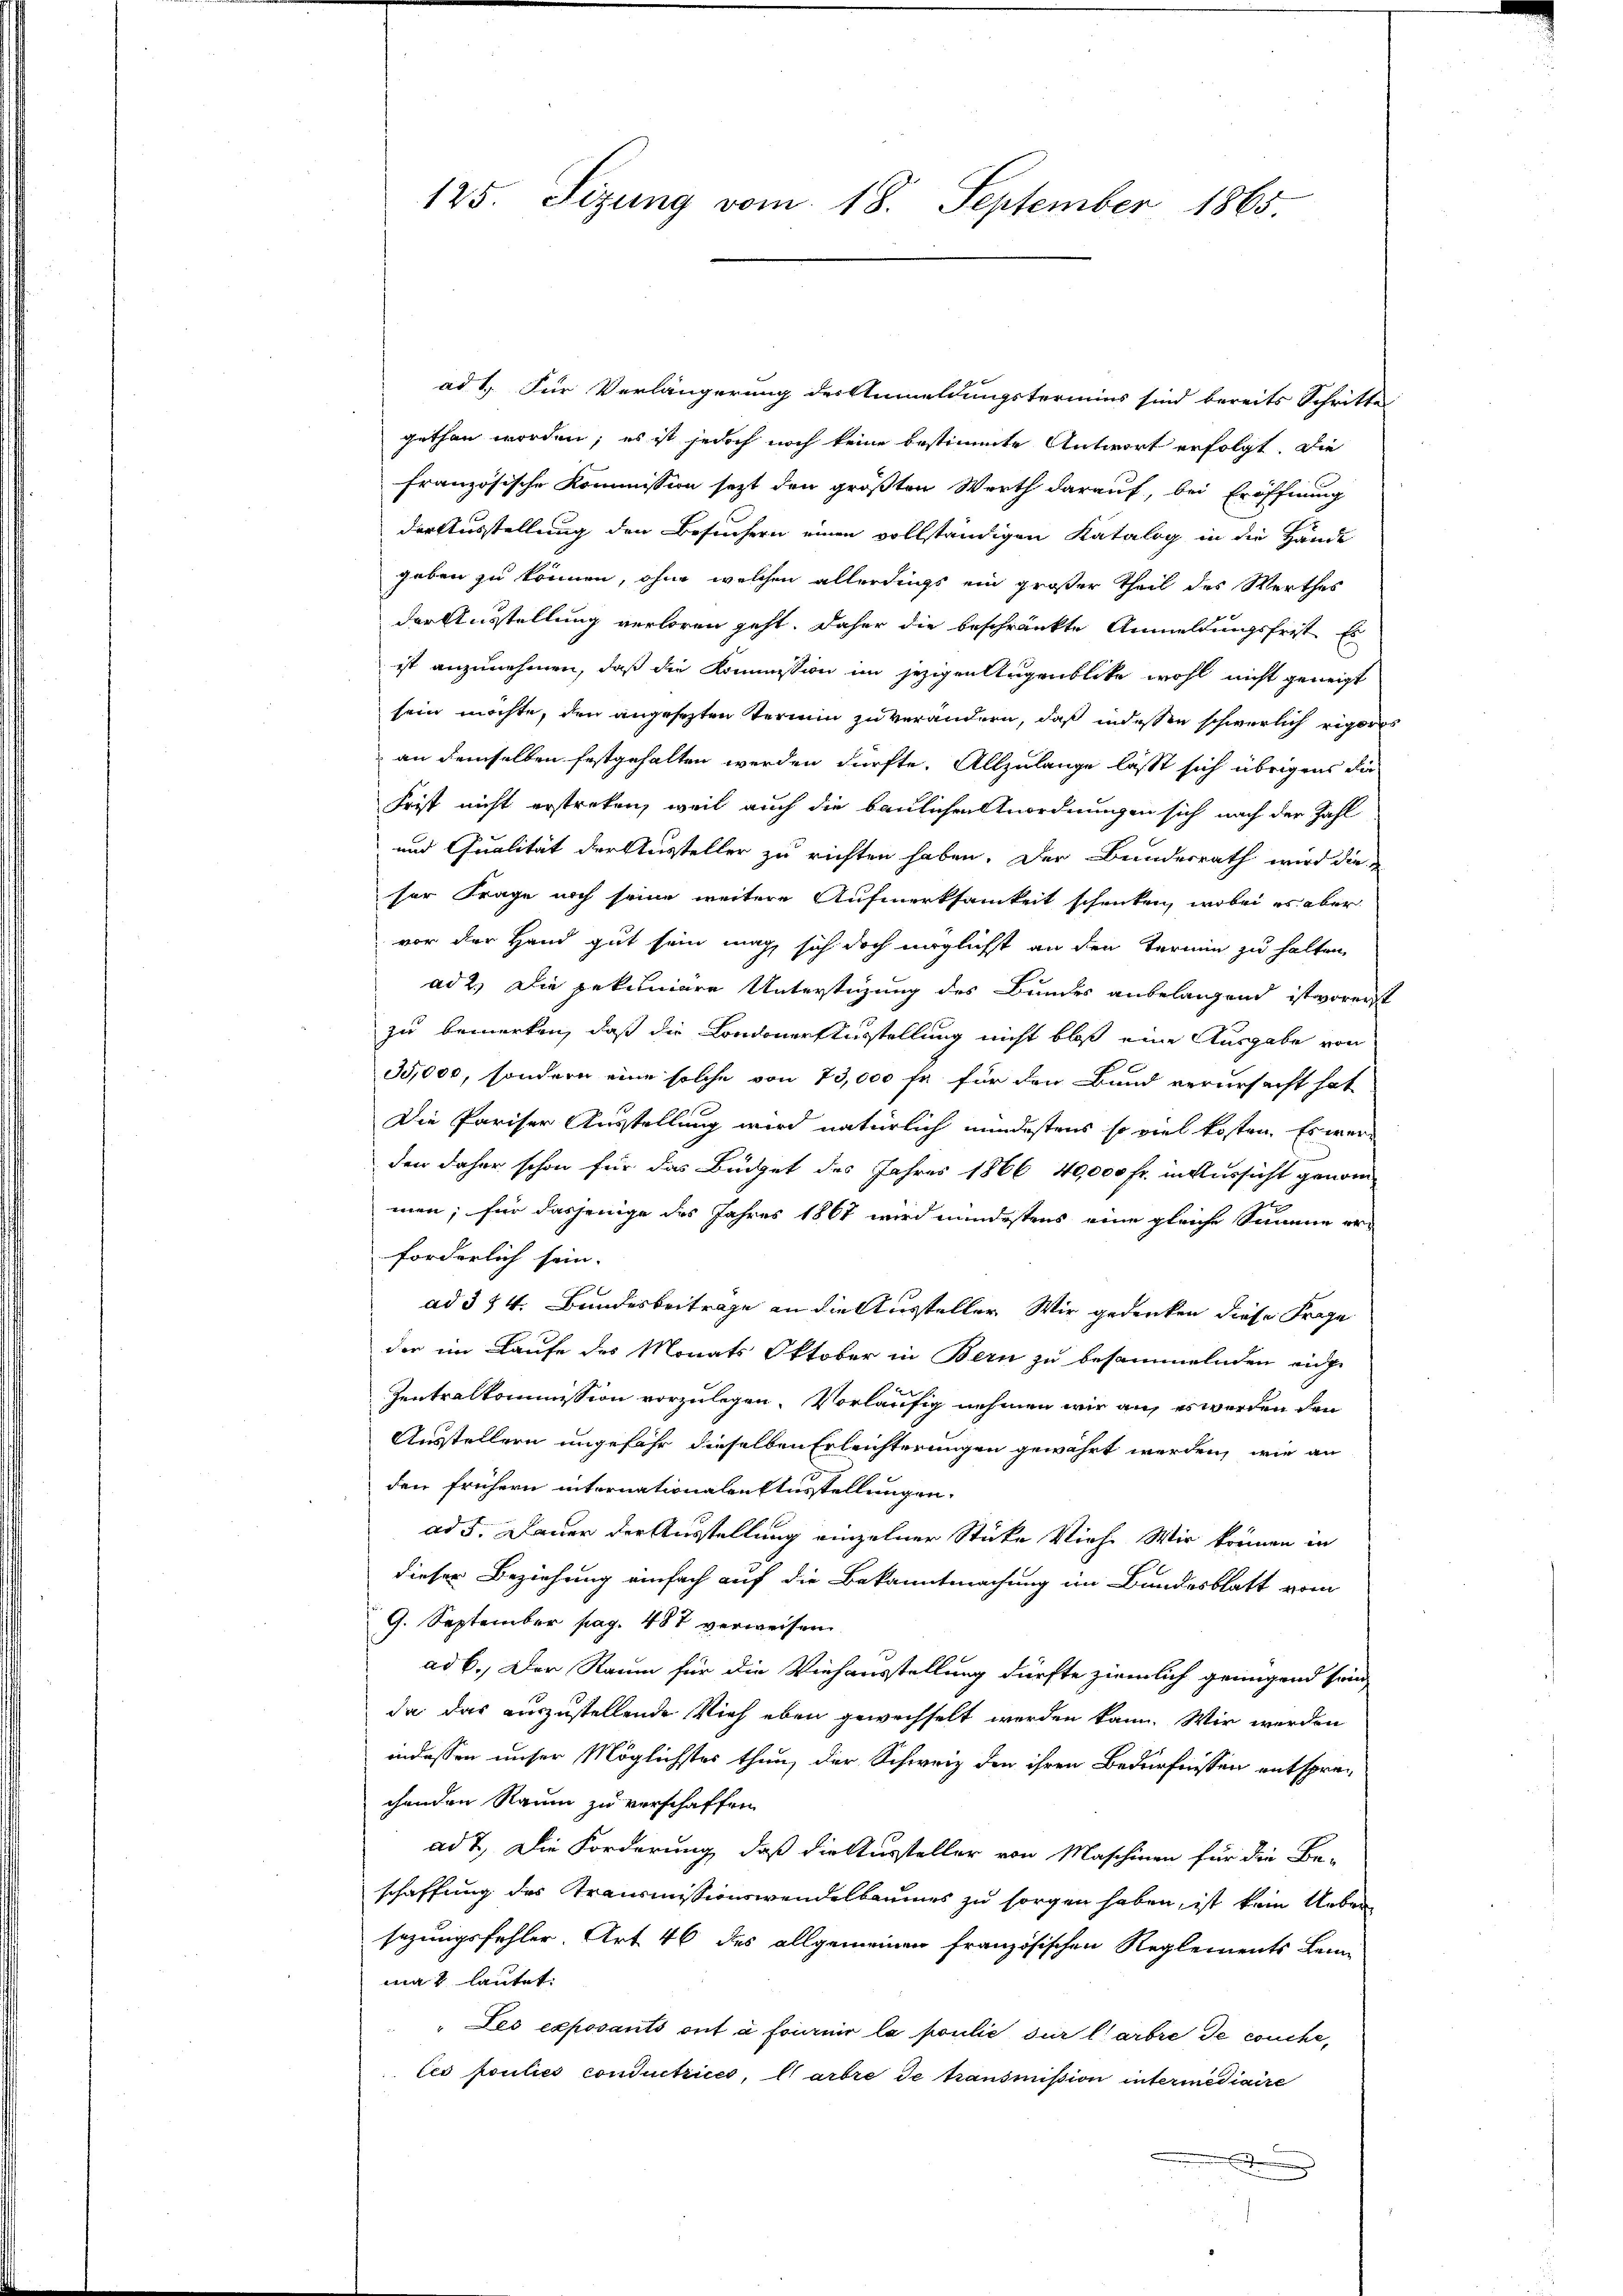
125. Sizung vom 18. September 1865.

ad 1. Für Verlängerung des Anmeldungstermins sind bereits Schritte
gethan worden; es ist jedoch noch keine bestimmte Antwort erfolgt. Die
französische Kommission sezt den größten Werth darauf, bei Eröffnung
der Ausstellung den Besuchern einen vollständigen Katalog in die Hande
geben zu können, ohne welchen allerdings ein großer Theil des Werthes
der Ausstellung verloren geht. Daher die beschränkte Anmeldungsfrist Es
ist anzunehmen, daß die Kommission im jezigen Augenblicke wohl nicht geneigt
sein möchte, den angesetzten Termin zu verändern, daß indessen schwerlich rigoros
an demselben festgehalten werden dürfte. Allzulange lässt sich übrigens die
Frist nicht erstreken, weil auch die baulichen Anordnungen sich nach der Zahl
und Qualität der Aussteller zu richten haben. Der Bundesrath wird die
ser Frage noch seine weitere Aufmerksamkeit schenken, wobei es aber
vor der Hand gut sein mag, sich doch möglichst an den Termin zu halten,
ad 2. Die pekuniäre Unterstüzung des Bundes anbelangend ist vorerst
zu bemerken, daß die Londoner Ausstellung nicht bloß eine Ausgabe von
35,000, sondern eine solche von 73,000 fr für den Bund verursacht hat
Die Pariser Ausstellung wird natürlich mindestens so viel kosten. Es werden daher schon für das Büdget des Jahres 1866 40,000 fr. in Aussicht genom
2
men; für dasjenige des Jahres 1867 wird mindestens eine gleiche Summe erforderlich sein. |
ad 354. Bundesbeiträge an die Aussteller Wir gedenken diese Frage
der im Laufe des Monats Oktober in Bern zu besammelnden eidge
Zentralkommission vorzulegen, vorläufig nehmen wir auf es werden den
Ausstellern ungefähr dieselben Erleichterungen gewährt werden, wie an
den frühern internationalen Ausstellungen.
ad 5. Dauer der Ausstellung einzelner Stüke Vieh. Wir können in
dieser Beziehung einfach auf die Bekanntmachung im Bundesblatt vom
9. September pag. 487 verweisen.
ad b. Der Raum für die Viehausstellung dürfte ziemlich genügend sein
da das auszustellende Vieh eben gewechselt werden kann. Wir werden
indessen unser Möglichstes thun, der Schweiz den ihren Bedürfnissen entsprechenden Raum zu verschaffen
ad 2. Die Forderung, daß die Stursteller von Maschinen für die Be-
schaffung des Transmissionswandelbaumes zu sorgen haben, ist kein Ueber
sazungsfehler. Art 46 des allgemeinen französischen Reglements Lein-
mat lautet:
"Des exposants ont à fournir la poulić, sur l'arbre de couche,
les pouliés conductiés, arbre de transmission intermediaire